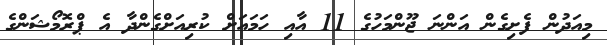
މިއަދުން ފެށިގެން އަންނަ ޖޫންމަހުގެ 11 އާއި ހަމައަށް ކުރިއަށްގެންދާ އެ ޕްރޮމޯޝަންގެ